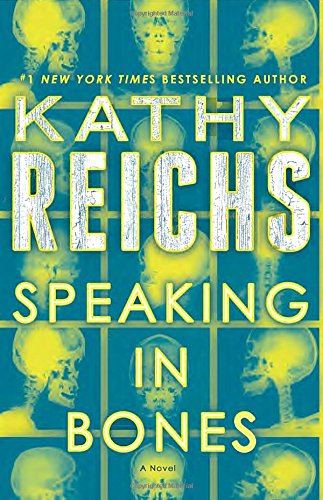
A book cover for Speaking in Bones: A Novel (Temperance Brennan); Kathy Reichs; Mystery, Thriller & Suspense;